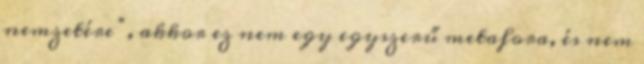
nemzetére”, akkor ez nem egy egyszerű metafora, és nem